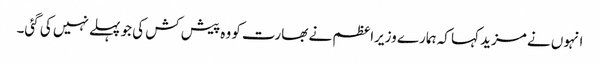
انہوں نے مزید کہا کہ ہمارے وزیراعظم نے بھارت کو وہ پیش کش کی جو پہلے نہیں کی گئی۔